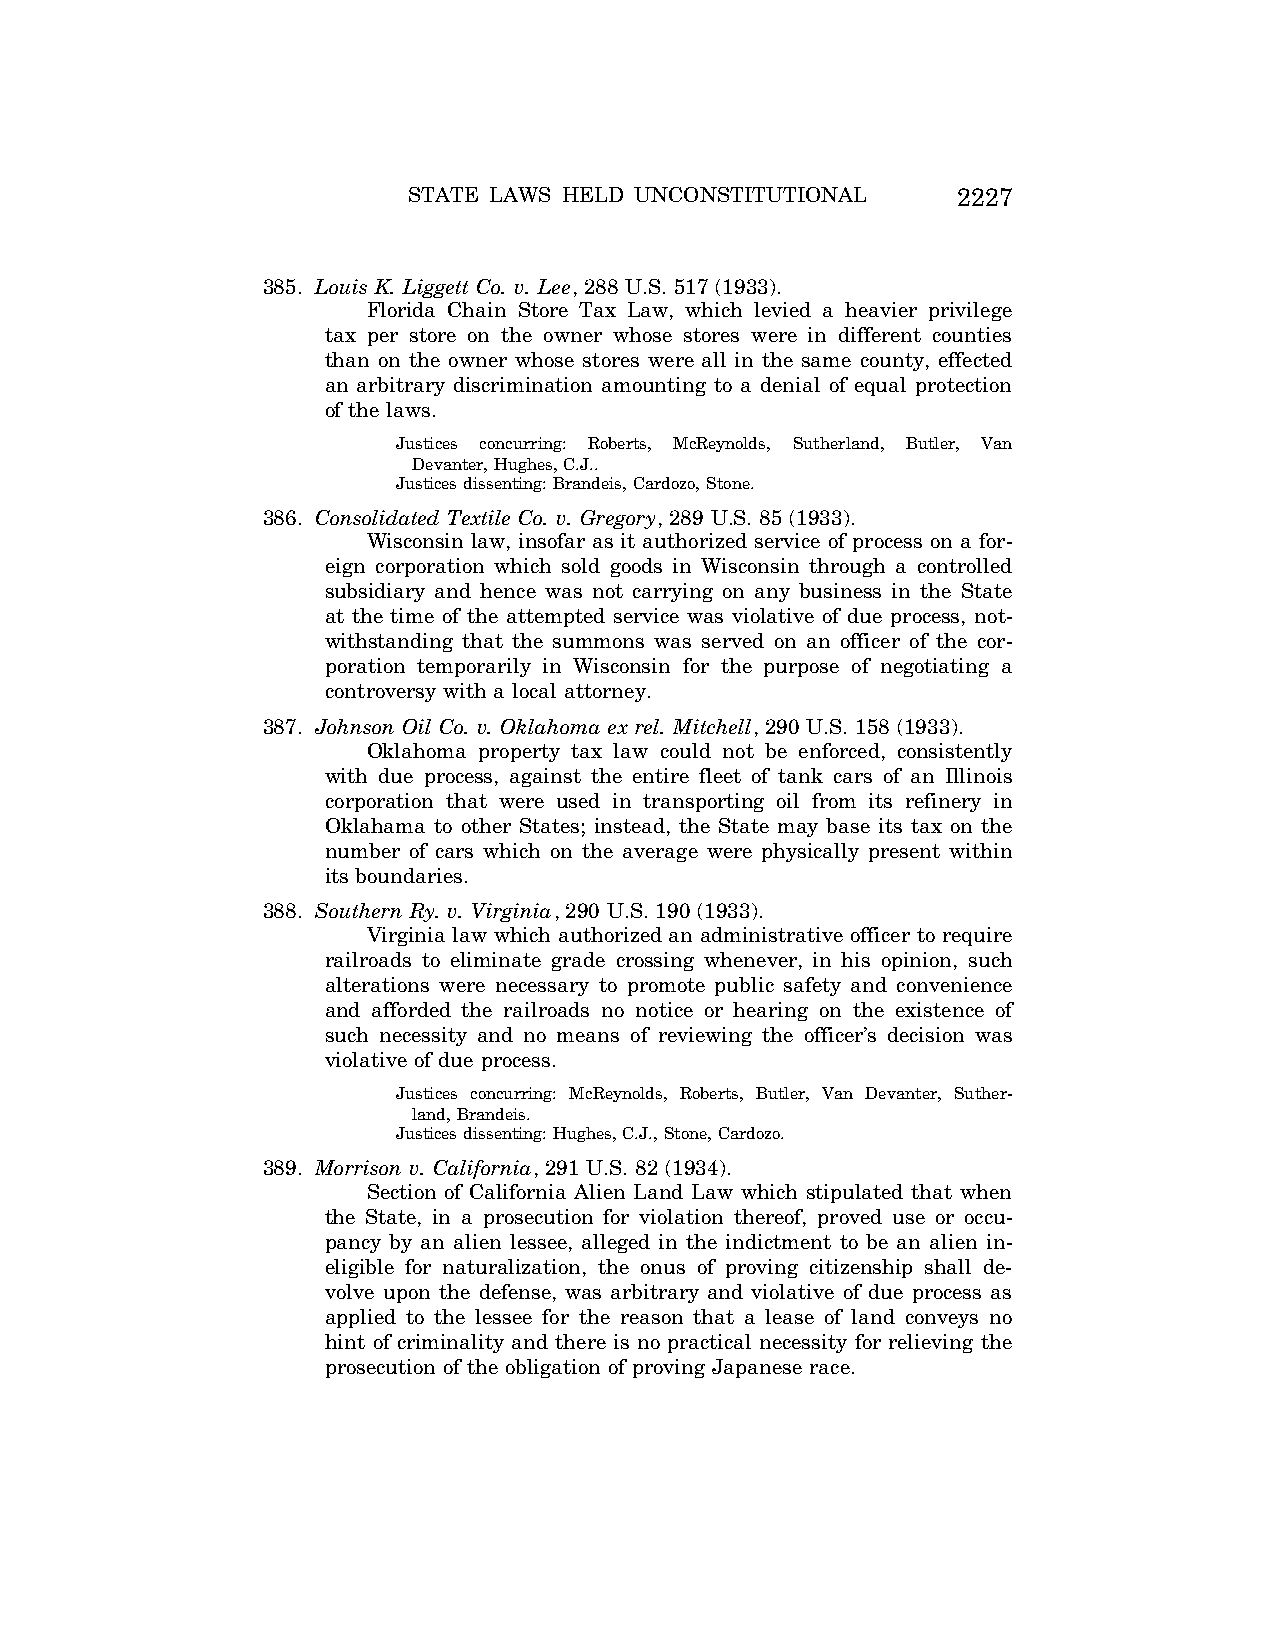
STATE LAWS HELD UNCONSTITUTIONAL    2227
 385. Louis K. Liggett Co. v. Lee, 288 U.S. 517 (1933).
 Florida Chain Store Tax Law, which levied a heavier privilege
 tax per store on the owner whose stores were in different counties
 than on the owner whose stores were all in the same county, effected
 an arbitrary discrimination amounting to a denial of equal protection
 of the laws.
 Justices concurring: Roberts, McReynolds, Sutherland, Butler, Van
 Devanter, Hughes, C.J..
 Justices dissenting: Brandeis, Cardozo, Stone.
 386. Consolidated Textile Co. v. Gregory, 289 U.S. 85 (1933).
 Wisconsin law, insofar as it authorized service of process on a for-
 eign corporation which sold goods in Wisconsin through a controlled
 subsidiary and hence was not carrying on any business in the State
 at the time of the attempted service was violative of due process, not-
 withstanding that the summons was served on an officer of the cor-
 poration temporarily in Wisconsin for the purpose of negotiating a
 controversy with a local attorney.
 387. Johnson Oil Co. v. Oklahoma ex rel. Mitchell, 290 U.S. 158 (1933).
 Oklahoma property tax law could not be enforced, consistently
 with due process, against the entire fleet of tank cars of an Illinois
 corporation that were used in transporting oil from its refinery in
 Oklahama to other States; instead, the State may base its tax on the
 number of cars which on the average were physically present within
 its boundaries.
 388. Southern Ry. v. Virginia, 290 U.S. 190 (1933).
 Virginia law which authorized an administrative officer to require
 railroads to eliminate grade crossing whenever, in his opinion, such
 alterations were necessary to promote public safety and convenience
 and afforded the railroads no notice or hearing on the existence of
 such necessity and no means of reviewing the officer’s decision was
 violative of due process.
 Justices concurring: McReynolds, Roberts, Butler, Van Devanter, Suther-
 land, Brandeis.
 Justices dissenting: Hughes, C.J., Stone, Cardozo.
 389. Morrison v. California, 291 U.S. 82 (1934).
 Section of California Alien Land Law which stipulated that when
 the State, in a prosecution for violation thereof, proved use or occu-
 pancy by an alien lessee, alleged in the indictment to be an alien in-
 eligible for naturalization, the onus of proving citizenship shall de-
 volve upon the defense, was arbitrary and violative of due process as
 applied to the lessee for the reason that a lease of land conveys no
 hint of criminality and there is no practical necessity for relieving the
 prosecution of the obligation of proving Japanese race.
 VerDate Aug<04>2004 12:57 Aug 23, 2004 Jkt 077500 PO 00000 Frm 00067 Fmt 8222 Sfmt 8222 C:\CONAN\CON064.SGM PRFM99 PsN: CON064